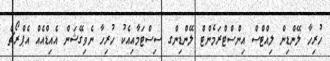
ހުރިހާ ލޭންޑިން ލިއްޓްސް އިންސްޓްރަމެންޓް ލޭންޑިންގ ސިސްޓަމާއިއެކު ހުރިހާ ނެވިގޭޝަން އެއިޑްއެއް އެޕްރޯޗް